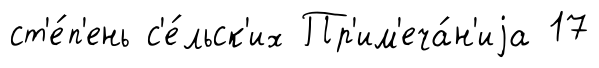
ст'е́п'ень с'е́льск'их Пр'им'еча́н'иjа 17